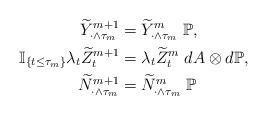
LaTeX: \begin{align*}\widetilde{Y}^{m+1}_{\cdot\wedge \tau_m}&= \widetilde{Y}^{m}_{\cdot\wedge \tau_m}\ \mathbb{P}, \\ \mathbb{I}_{\{t\leq \tau_m\}}\lambda_t\widetilde{Z}^{m+1}_t &= \lambda_t\widetilde{Z}^m_t\ dA \otimes d\mathbb{P}, \\ \widetilde{N}^{m+1}_{\cdot\wedge \tau_m} &= \widetilde{N}^m_{\cdot\wedge \tau_m}\ \mathbb{P} \end{align*}